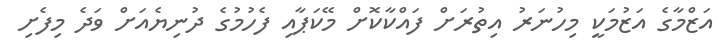
އަޒްމާގެ އަޒުމަކީ މިހުނަރު އިތުރަށް ފައްކާކޮށް މޭކަޕާއި ފެހުމުގެ ދުނިޔެއަށް ވަދެ މިފެށި